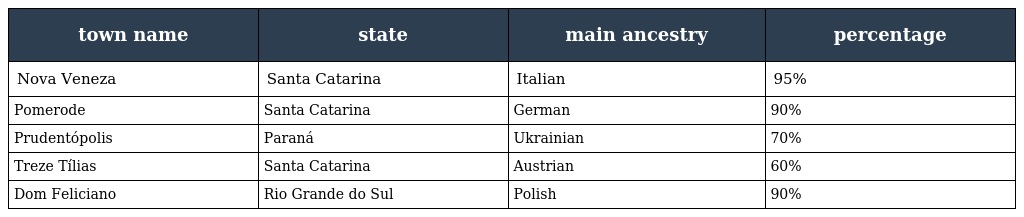
| town name | state | main ancestry | percentage |
 | --- | --- | --- | --- |
 | Nova Veneza | Santa Catarina | Italian | 95% |
 | Pomerode | Santa Catarina | German | 90% |
 | Prudentópolis | Paraná | Ukrainian | 70% |
 | Treze Tílias | Santa Catarina | Austrian | 60% |
 | Dom Feliciano | Rio Grande do Sul | Polish | 90% |